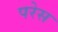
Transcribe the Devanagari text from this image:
परेस